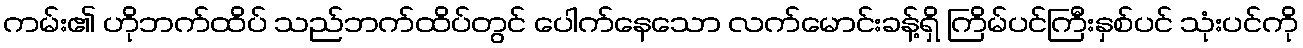
ကမ်း၏ ဟိုဘက်ထိပ် သည်ဘက်ထိပ်တွင် ပေါက်နေသော လက်မောင်းခန့်ရှိ ကြိမ်ပင်ကြီးနှစ်ပင် သုံးပင်ကို